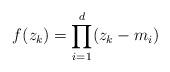
LaTeX: \begin{align*}f(z_k)=\prod_{i=1}^{d}(z_k-m_i)\end{align*}